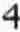
4